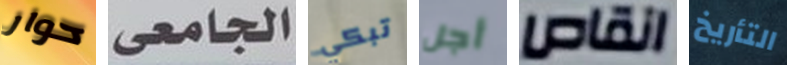
حوار الجامعى تبكي أجل انقاص التأريخ